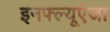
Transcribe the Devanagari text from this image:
इनफ्ल्यूएंजा